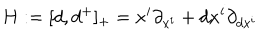
LaTeX: H : = [ d , d ^ { + } ] _ { + } = x ^ { i } \partial _ { x ^ { i } } + d x ^ { i } \partial _ { d x ^ { i } }